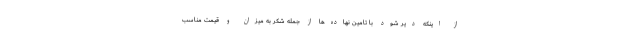
از اینکه دیر شود با تامین نهاده‌ها از جمله شکر به میزان و قیمت مناسب